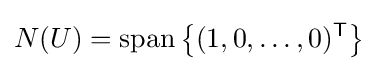
N(U)=\operatorname {span} \left\{(1,0,\ldots ,0)^{\mathsf {T}}\right\}